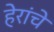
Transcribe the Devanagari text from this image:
हेरांचे